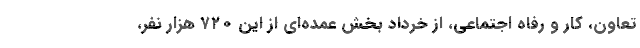
تعاون، کار و رفاه اجتماعی، از خرداد بخش عمده‌ای از این ۷۲۰ هزار نفر،